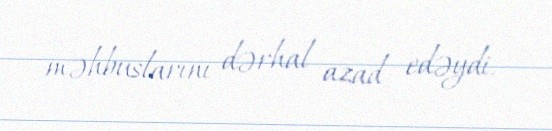
məhbuslarını dərhal azad edəydi.